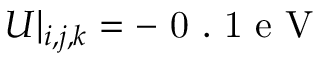
U | _ { i , j , k } = - \mathrm { ~ 0 ~ . ~ 1 ~ e ~ V ~ }